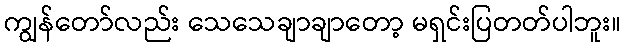
ကျွန်တော်လည်း သေသေချာချာတော့ မရှင်းပြတတ်ပါဘူး။